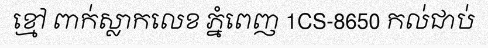
ខ្មៅ ពាក់ស្លាកលេខ ភ្នំពេញ 1CS-8650 កល់ជាប់